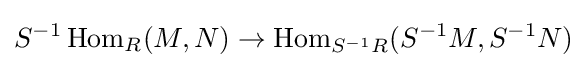
S^{-1}\operatorname {Hom} _{R}(M,N)\to \operatorname {Hom} _{S^{-1}R}(S^{-1}M,S^{-1}N)